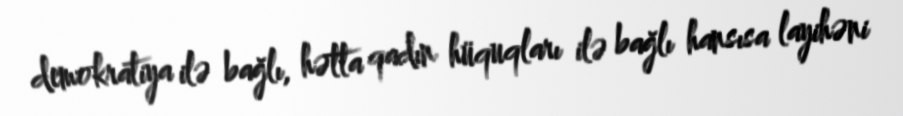
demokratiya ilə bağlı, hətta qadın hüquqları ilə bağlı hansısa layihəni